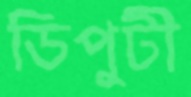
ডিপুটী